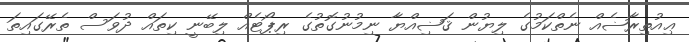
ޢިއުތިރާޟެއް ނެތްކަމުގެ ލިޔުން ޤަޟިއްޔާ ނިމުނުގޮތުގެ ރިޕޯޓެއް ލިބޭނީ ކިތައް ދުވަސް ތެރޭގައިތަ